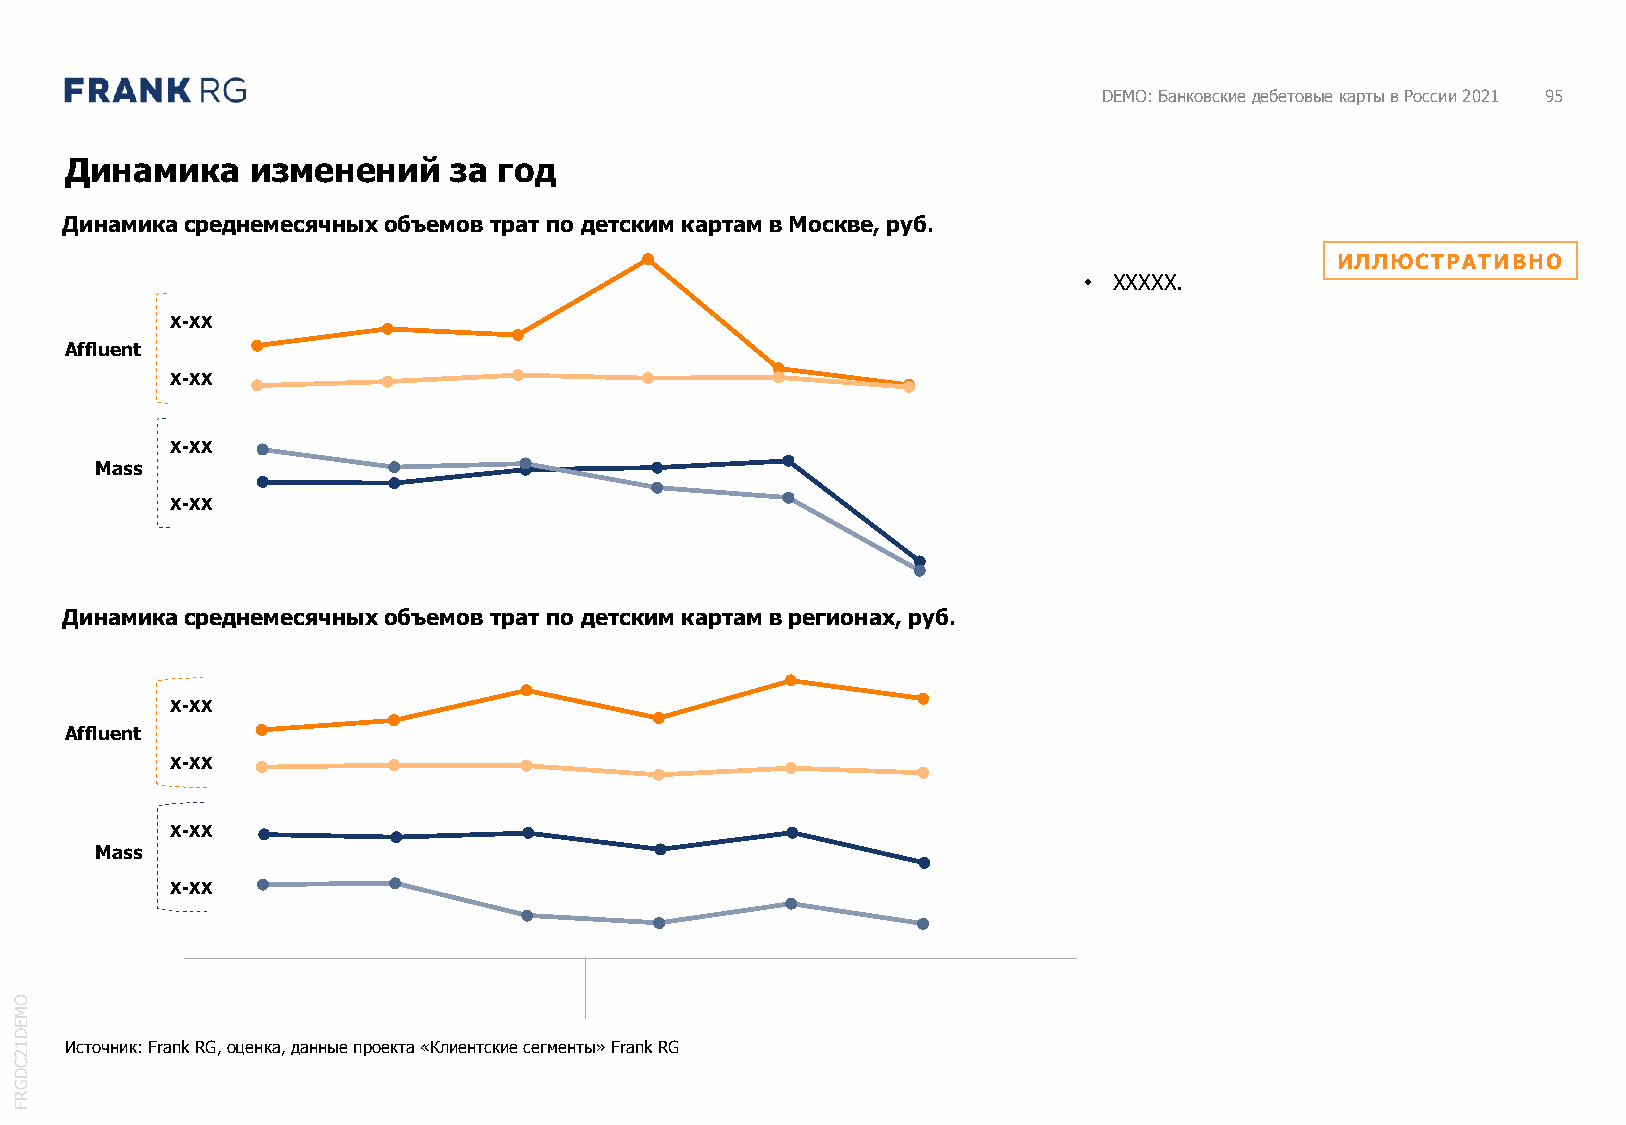
DEMO: Банковские дебетовые карты в России 2021 95
 Динамика     изменений    за год
 Динамика среднемесячных объемов трат по детским картам в Москве, руб.
 ИЛЛЮСТРАТИВНО
 • XXXXX.
 X-XX
 Affluent
 X-XX
 X-XX
 Mass
 X-XX
 Динамика среднемесячных объемов трат по детским картам в регионах, руб.
 X-XX
 Affluent
 X-XX
 X-XX
 Mass
 X-XX
 O
 M
 E
 D
 1  Источник: Frank RG,оценка,данные проекта «Клиентские сегменты» Frank RG
 2
 C
 D
 G
 R
 F